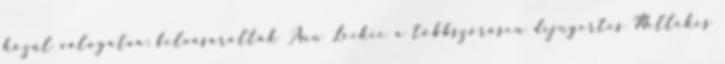
közül válogatva: felvásárolták Ann Leckie a többszörösen díjnyertes Mellékes